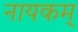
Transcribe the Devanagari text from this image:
नायकम्‌